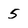
Character: 5